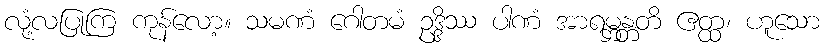
လုံ့လပြုကြ ကုန်လော့။ သမဏံ ဂေါတမံ ဥဒ္ဒိဿ ပါဏံ အာရမ္ဘန္တတိ ဧတ္ထ၊ ဟူသော